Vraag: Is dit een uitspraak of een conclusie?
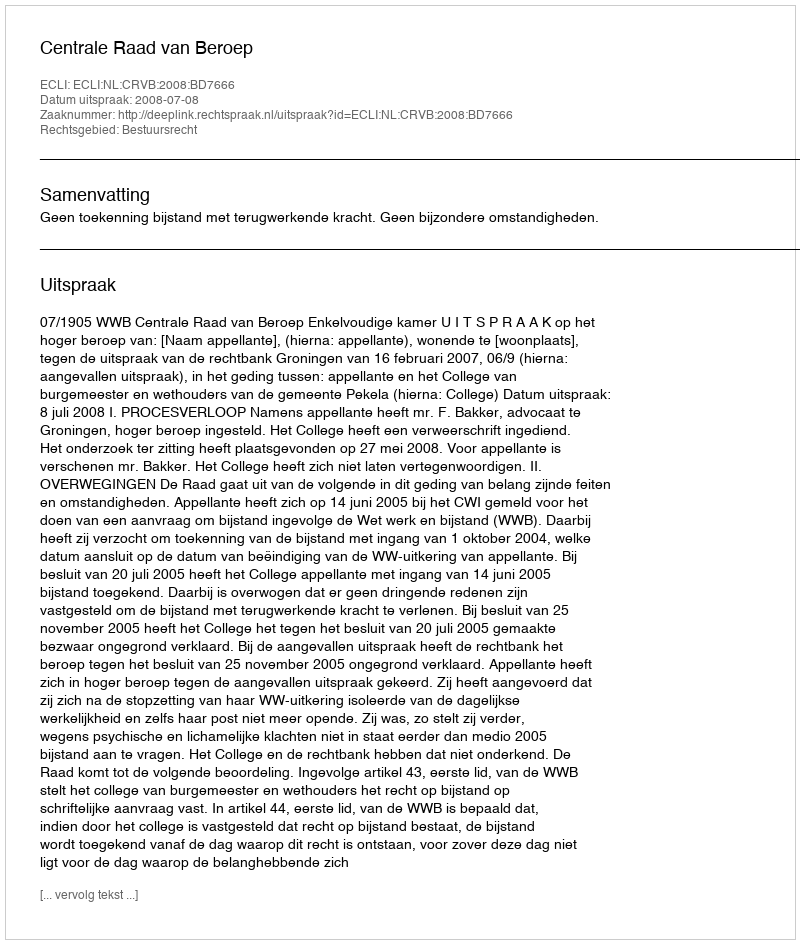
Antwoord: Uitspraak